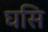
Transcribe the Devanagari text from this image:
घसि